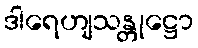
ဒါရေဟျသန္တုဋ္ဌော